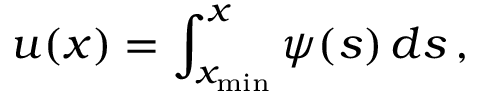
u ( x ) = \int _ { x _ { \mathrm { m i n } } } ^ { x } \psi ( s ) \, d s \, ,